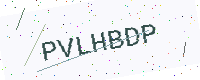
Text: PVLHBDP